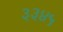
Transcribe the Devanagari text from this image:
३३४५